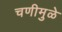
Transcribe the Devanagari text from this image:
चणीमुळे